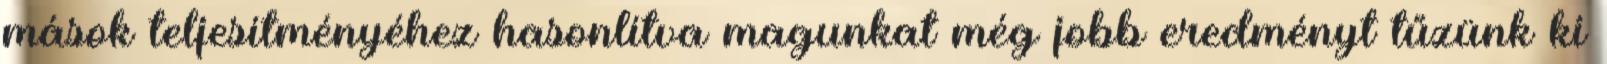
mások teljesítményéhez hasonlítva magunkat még jobb eredményt tűzünk ki